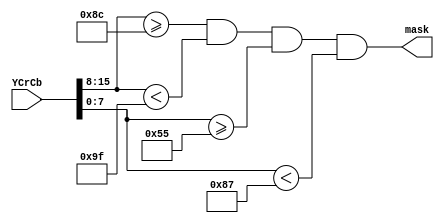
module SkinMask(YCrCb, mask);
	input [23:0] YCrCb;
	output mask;
	
	wire [7:0] Y;
	wire [7:0] Cr;
	wire [7:0] Cb;
	assign Y = YCrCb[23:16];
	assign Cr = YCrCb[15:8];
	assign Cb = YCrCb[7:0];
	
	assign mask = (Cr >= 140) & (Cr < 159) & (Cb >= 85) & (Cb < 135);
	
endmodule